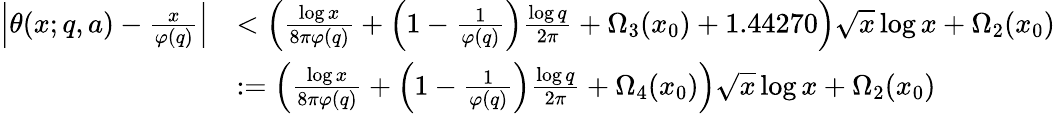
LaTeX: \begin{array}{rl}{\left|\theta(x;q,a)-\frac{x}{\varphi(q)}\right|}&{<\left(\frac{\log{x}}{8\pi\varphi(q)}+\left(1-\frac{1}{\varphi(q)}\right)\frac{\log{q}}{2\pi}+\Omega_{3}(x_{0})+1.44270\right)\sqrt{x}\log{x}+\Omega_{2}(x_{0})}\\ &{:=\left(\frac{\log{x}}{8\pi\varphi(q)}+\left(1-\frac{1}{\varphi(q)}\right)\frac{\log{q}}{2\pi}+\Omega_{4}(x_{0})\right)\sqrt{x}\log{x}+\Omega_{2}(x_{0})}\end{array}